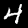
Digit: 4